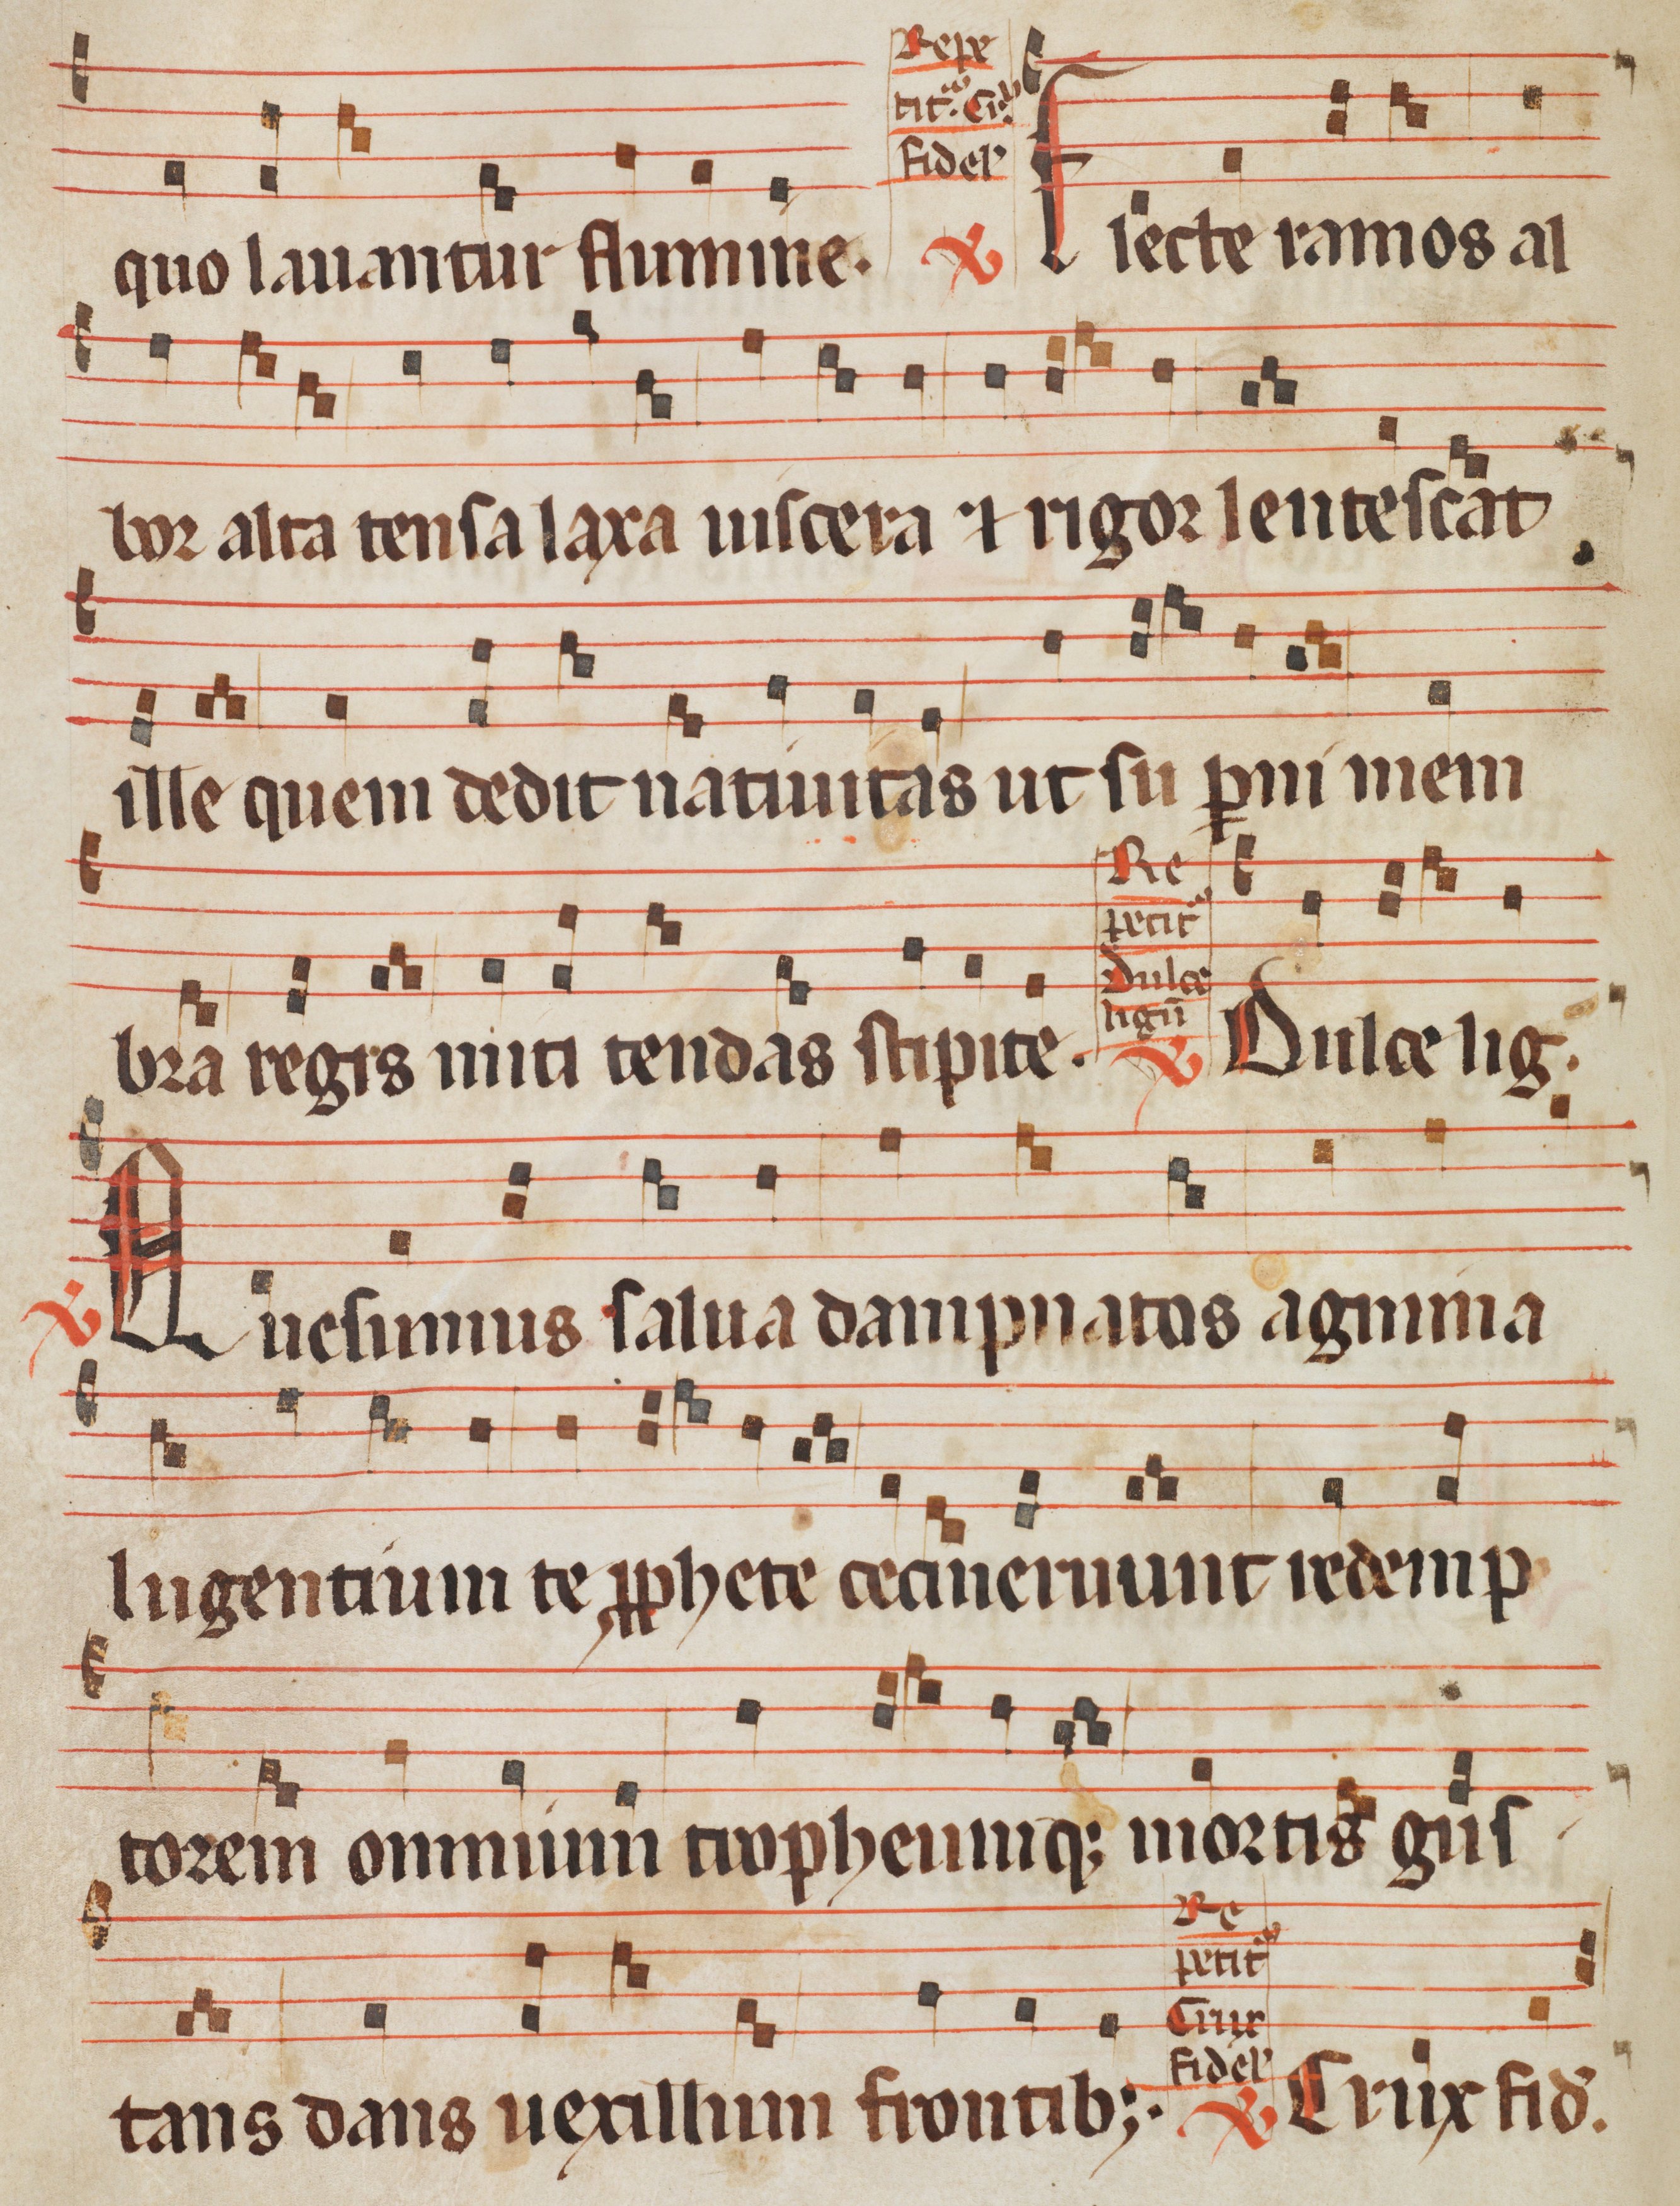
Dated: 1285–1315